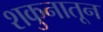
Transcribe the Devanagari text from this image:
शकुनातून